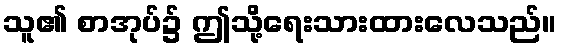
သူ၏ စာအုပ်၌ ဤသို့ရေးသားထားလေသည်။